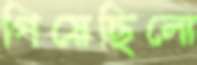
গিয়েছিলো